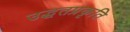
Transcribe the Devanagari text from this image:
उद्धतप्रकृति